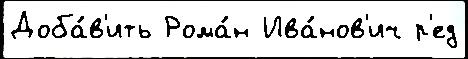
Доба́в'ить Рома́н Ива́нов'ич р'ед